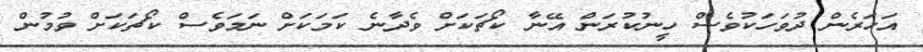
އަހަރެން ދުވަހަކުވެސް ހީނުކުރަން އޭނާ ކޯޗަކަށް ވެދާނެ ކަމަކަށް ނަމަވެސް ކޯޗަކަށް ވުމުން